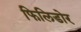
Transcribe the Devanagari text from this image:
फिलिडोर